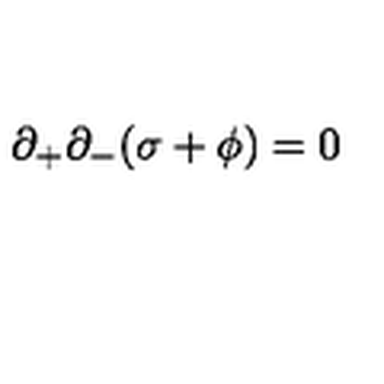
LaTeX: \partial _ { + } \partial _ { - } ( \sigma + \phi ) = 0